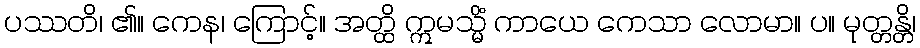
ပဿတိ၊ ၏။ ကေန၊ ကြောင့်။ အတ္ထိ ဣမသ္မိံ ကာယေ ကေသာ လောမာ။ ပ။ မုတ္တန္တိ၊